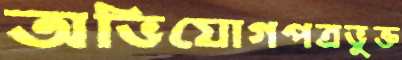
অভিযোগপত্রভুক্ত